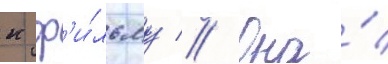
к ф'и́льму // Она́